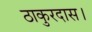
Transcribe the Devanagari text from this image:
ठाकुरदास।